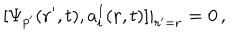
[ \Psi _ { p ^ { \prime } } ( { \bf r } ^ { \prime } , t ) , a _ { i } ^ { I } ( { \bf r } , t ) ] | _ { { \bf r } ^ { \prime } = { \bf r } } = 0 \, ,